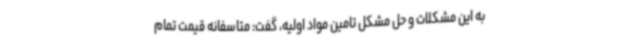
به این مشکلات و حل مشکل تامین مواد اولیه، گفت: متاسفانه قیمت تمام